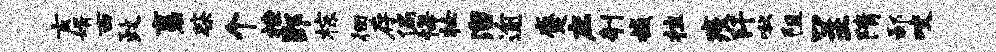
玄婿西政裹柴个挫郢棕徊存偏悔妆溜逾蹙庶剞撼拉疫阡啾阻呈隋鄙咬